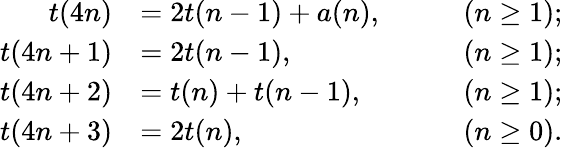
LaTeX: \begin{array}{rlrl}{t(4n)}&{=2t(n-1)+a(n),}&&{\quad(n\geq 1);}\\ {t(4n+1)}&{=2t(n-1),}&&{\quad(n\geq 1);}\\ {t(4n+2)}&{=t(n)+t(n-1),}&&{\quad(n\geq 1);}\\ {t(4n+3)}&{=2t(n),}&&{\quad(n\geq 0).}\end{array}